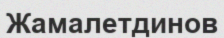
Жамалетдинов